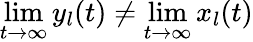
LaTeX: \operatorname*{lim}_{t\to\infty}y_{l}(t)\neq\operatorname*{lim}_{t\to\infty}x_{l}(t)